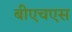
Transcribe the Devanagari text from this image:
बीएचएस